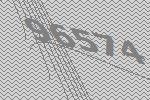
96574